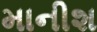
માનીશ